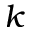
\boldsymbol { k }